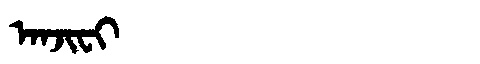
Manchu: ᠠᠨᠵᡳᠸᡳ
Romanization: ANJIFI